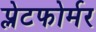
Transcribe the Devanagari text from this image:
प्लेटफोर्मर